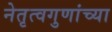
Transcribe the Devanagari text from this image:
नेतृत्वगुणांच्या